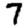
Digit: 7